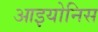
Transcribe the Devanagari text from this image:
आइयोनिस